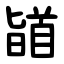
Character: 䭫